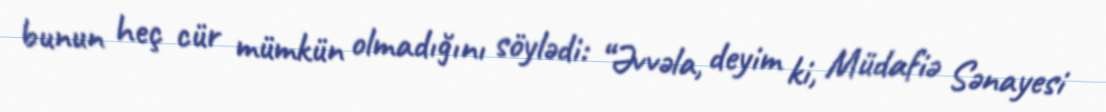
bunun heç cür mümkün olmadığını söylədi: “Əvvəla, deyim ki, Müdafiə Sənayesi